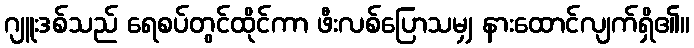
ဂျူးဒစ်သည် ရေစပ်တွင်ထိုင်ကာ ဖီးလစ်ပြောသမျှ နားထောင်လျက်ရှိ၏။